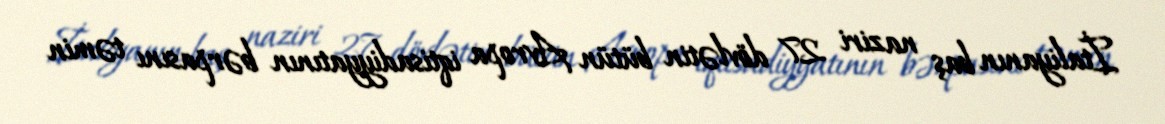
İtaliyanın baş naziri 27 dövlətin bütün Avropa iqtisadiyyatının bərpasını təmin